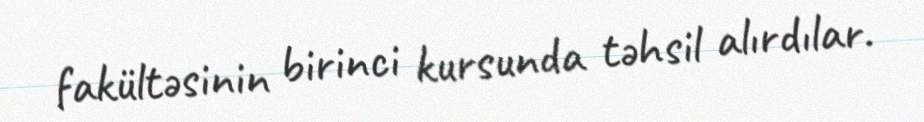
fakültəsinin birinci kursunda təhsil alırdılar.